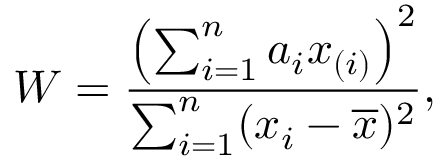
W = { \frac { \left( \sum _ { i = 1 } ^ { n } a _ { i } x _ { ( i ) } \right) ^ { 2 } } { \sum _ { i = 1 } ^ { n } ( x _ { i } - { \overline { { x } } } ) ^ { 2 } } } ,